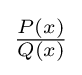
{\textstyle {\frac {P(x)}{Q(x)}}}